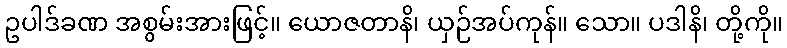
ဥပါဒ်ခဏ အစွမ်းအားဖြင့်။ ယောဇတာနိ၊ ယှဉ်အပ်ကုန်။ သော။ ပဒါနိ၊ တို့ကို။